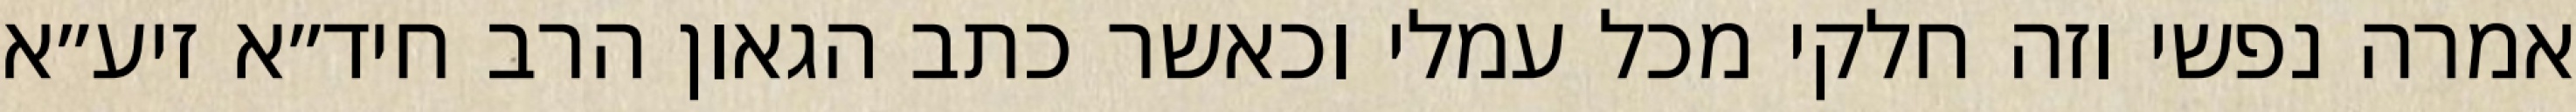
אמרה נפשי וזה חלקי מכל עמלי וכאשר כתב הגאון הרב חיד״א זיע״א